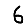
Digit: 6